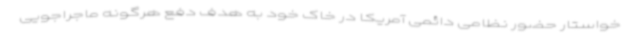
خواستار حضور نظامی دائمی آمریکا در خاک خود به هدف دفع هرگونه ماجراجویی